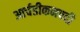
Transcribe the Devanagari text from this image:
आर्चडीकनपदी